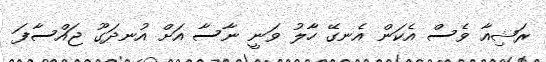
ރަޝިއާ ވެސް އެކަން އެނގޭ ހާލު ވަނީ ނާސާ އަށް އުނދަގޫ ޖައްސާފަ